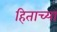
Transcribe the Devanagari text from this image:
हिताच्‍या